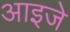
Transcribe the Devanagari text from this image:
आइजे